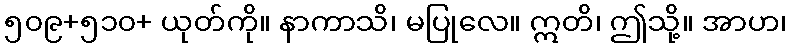
၅၀၉+၅၁၀+ ယုတ်ကို။ နာကာသိ၊ မပြုလေ။ ဣတိ၊ ဤသို့။ အာဟ၊